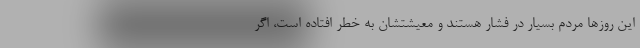
این روزها مردم بسیار در فشار هستند و معیشتشان به خطر افتاده است، اگر